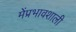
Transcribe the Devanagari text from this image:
मेंप्रभावशाली